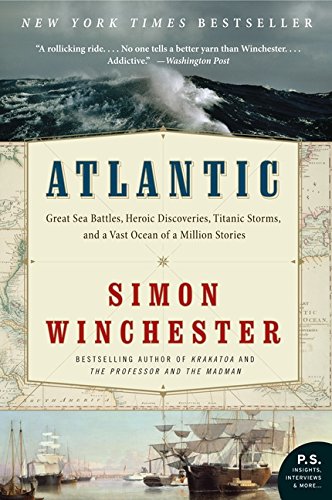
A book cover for Atlantic: Great Sea Battles, Heroic Discoveries, Titanic Storms, and a Vast Ocean of a Million Stories; Simon Winchester; Science & Math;